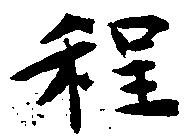
程